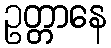
ဥတ္တာနေ